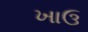
ખાઉ